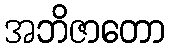
အဘိဇာတော